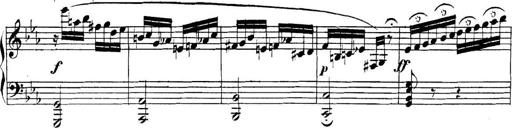
Title: Collected Piano Sonatas
Composer: Muzio Clementi